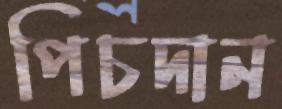
পিচদান